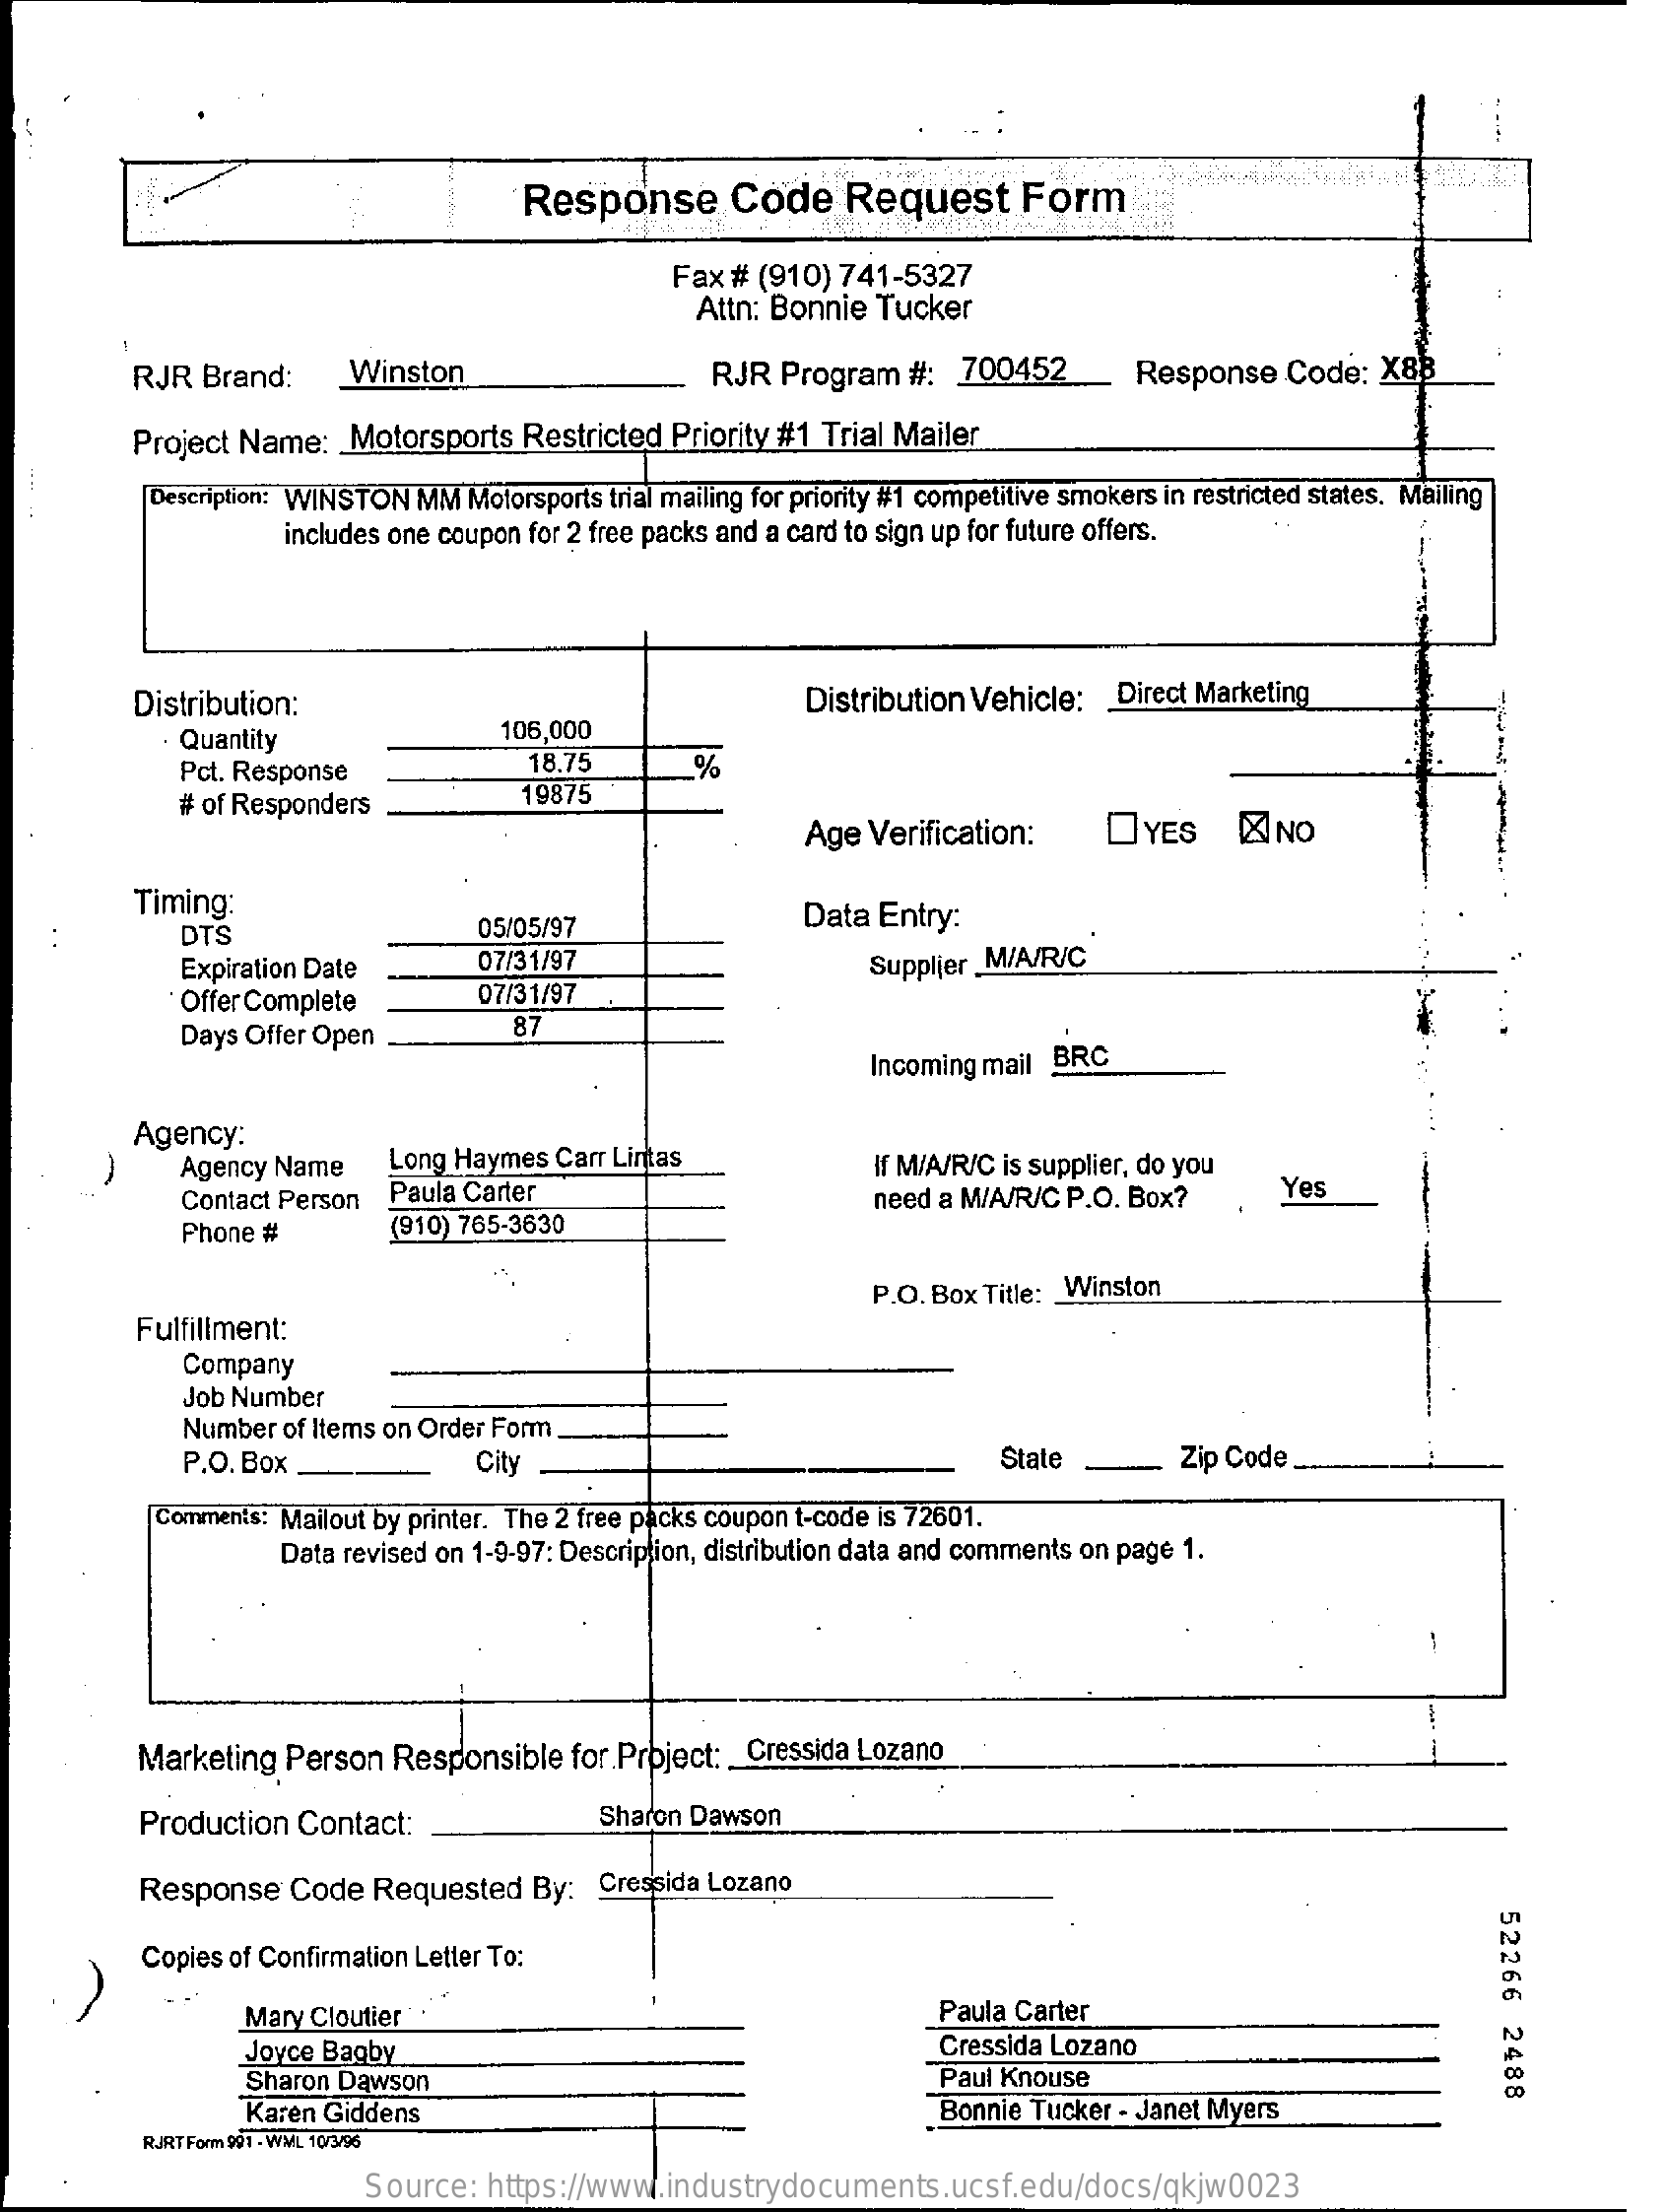
Response    Code    Request    Form
     Fax # (910) 741-5327
     Attn: Bonnie Tucker
     RJR  Brand:    Winston    RJR  Program  #:   700452_    Response    Code:  X88
     Project Name:   Motorsports  Restricted  Priority #1 Trial Mailer
     Description: WINSTON MM Motorsports trial mailing for priority #1 competitive smokers in restricted states. Mailing
     includes one coupon for 2 free packs and a card to sign up for future offers.
     Distribution:    Distribution Vehicle:  Direct Marketing
     Quantity    106,000
     Pct. Response    18.75    _%
     # of Responders    19875
     Age  Verification:    DYES    X  NO
     Timing:
     DTS    05/05/97    Data Entry:
     Expiration Date    07/31/97
     Offer Complete    07/31/97
     Supplier _M/A/R/C
     Days Offer Open    87
     Incoming mail BRC
     Agency:
     Agency Name    Long Haymes  Carr Lintas
     Contact Person  Paula Carter
     If M/A/R/C is supplier, do you
     Yes
     Phone #    (910) 765-3630
     need a M/A/R/C P.O. Box?
     Fulfillment:
     P.O. Box Title: Winston
     Company
     Job Number
     Number of Items on Order Form
     P.O. Box    City    State    Zip Code.
     Comments: Mailout by printer. The 2 free packs coupon t-code is 72601.
     Data revised on 1-9-97: Description, distribution data and comments on page 1.
     Marketing Person   Responsible  for Project: _ Cressida Lozano
     Production Contact:    Sharon Dawson
     Response   Code  Requested   By:  Cressida Lozano
     52266
     2488
     Copies of Confirmation Letter To:
     Mary Cloutier '    Paula Carter
     Joyce Bagby    Cressida Lozano
     Sharon Dawson    Paul Knouse
     Karen Giddens    Bonnie Tucker - Janet Myers
     RJRT Form 991 - WML 10/3/96
     Source:  https://www.industrydocuments.ucsf.edu/docs/qkjw0023